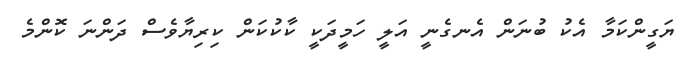
ޔަގީންކަމާ އެކު ބުނަން އެނގެނީ އަލީ ހަމީދަކީ ކާކުކަން ކިރިޔާވެސް ދަންނަ ކޮންމެ